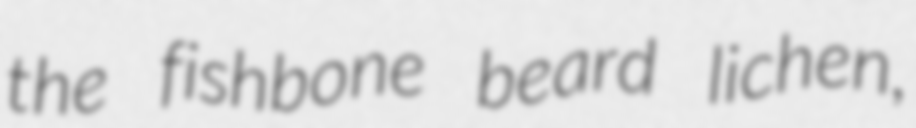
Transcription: the fishbone beard lichen,